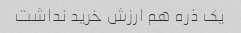
یک ذره هم ارزش خرید نداشت